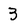
Character: 3